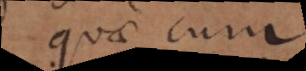
quae cum